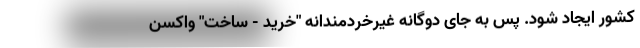
کشور ایجاد شود. پس به جای دوگانه غیرخردمندانه "خرید - ساخت" واکسن